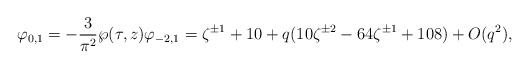
\begin{align*}\varphi_{0,1}=-\frac{3}{\pi^2}\wp(\tau,z)\varphi_{-2,1}=\zeta^{\pm 1}+10+ q(10\zeta^{\pm 2} - 64\zeta^{\pm 1}+108)+O(q^2),\end{align*}